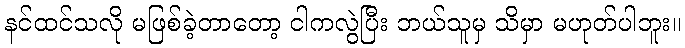
နင်ထင်သလို မဖြစ်ခဲ့တာတော့ ငါကလွဲပြီး ဘယ်သူမှ သိမှာ မဟုတ်ပါဘူး။